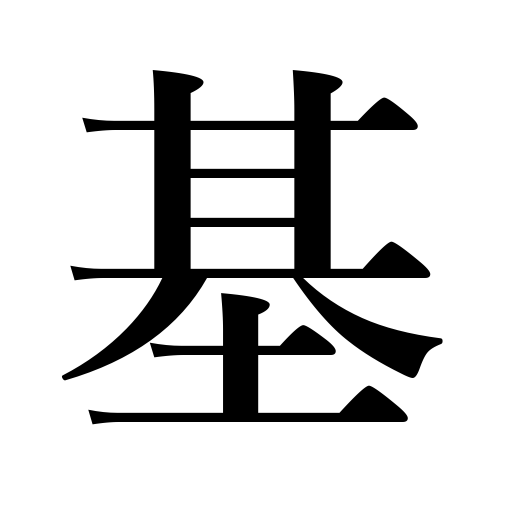
Meanings: foundation,wreaths,counter for lanterns,motors,silos,basis,fundamentals,origin,radical in chemistry,and heavy machines